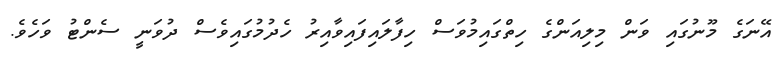
އޭނަގެ މޫނުގައި ވަން މިލިއަންގެ ހިތްގައިމުވަސް ހިފާލައިފައިވާއިރު ހެދުމުގައިވެސް ދުވަނީ ސެންޓު ވަހެވެ.